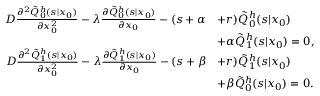
\begin{array} { r l } { D \frac { \partial ^ { 2 } \tilde { Q } _ { 0 } ^ { h } ( s | x _ { 0 } ) } { \partial x _ { 0 } ^ { 2 } } - \lambda \frac { \partial \tilde { Q } _ { 0 } ^ { h } ( s | x _ { 0 } ) } { \partial x _ { 0 } } - ( s + \alpha } & { + r ) \tilde { Q } _ { 0 } ^ { h } ( s | x _ { 0 } ) } \\ & { + \alpha \tilde { Q } _ { 1 } ^ { h } ( s | x _ { 0 } ) = 0 , } \\ { D \frac { \partial ^ { 2 } \tilde { Q } _ { 1 } ^ { h } ( s | x _ { 0 } ) } { \partial x _ { 0 } ^ { 2 } } - \lambda \frac { \partial \tilde { Q } _ { 1 } ^ { h } ( s | x _ { 0 } ) } { \partial x _ { 0 } } - ( s + \beta } & { + r ) \tilde { Q } _ { 1 } ^ { h } ( s | x _ { 0 } ) } \\ & { + \beta \tilde { Q } _ { 0 } ^ { h } ( s | x _ { 0 } ) = 0 . } \end{array}